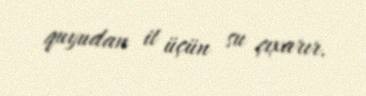
quyudan it üçün su çıxarır.